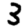
Digit: 3